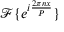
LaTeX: { \mathcal { F } } \{ e ^ { i { \frac { 2 \pi n x } { P } } } \}